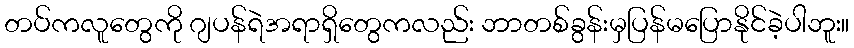
တပ်ကလူတွေကို ဂျပန်ရဲအရာရှိတွေကလည်း ဘာတစ်ခွန်းမှပြန်မပြောနိုင်ခဲ့ပါဘူး။